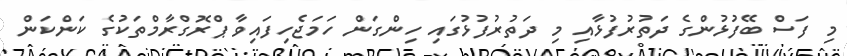
މި ފަސް ބޭފުޅުންގެ ދަތުރުފުޅާއި މި ދަތުރުފުޅުގައި ހިންގަން ހަމަޖެހިފައިވާ ޕްރޮގްރާމްތަކުގެ ކަންކަން